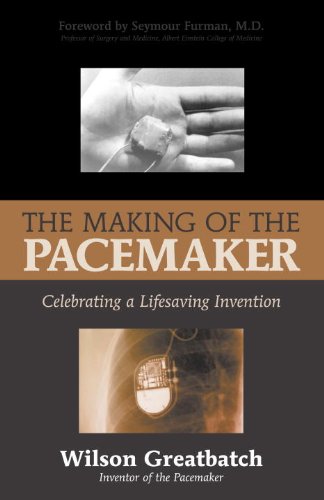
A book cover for The Making of the Pacemaker: Celebrating a Lifesaving Invention; Wilson Greatbatch; Medical Books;